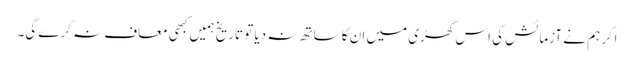
اگر ہم نے آزمائش کی اس گھڑی میں ان کا ساتھ نہ دیا تو تاریخ ہمیں کبھی معاف نہ کرے گی۔